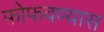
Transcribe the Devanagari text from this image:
फोफवण्यास